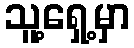
သူ့ရှေ့မှာ